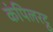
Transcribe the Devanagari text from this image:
कंपिलरट्ठ